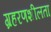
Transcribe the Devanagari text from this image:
ग्रहरणशीलता